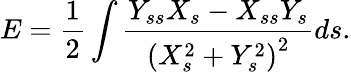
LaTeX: E=\frac{1}{2}\int\frac{Y_{ss}X_{s}-X_{ss}Y_{s}}{\left(X_{s}^{2}+Y_{s}^{2}\right)^{2}}ds.